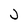
Character: J